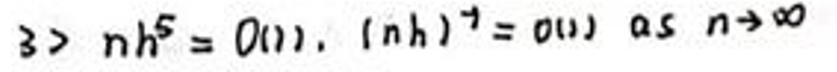
$3 > nh^5 = o(1), (nh)^7 = o(1) \text{ as } n \to \infty$